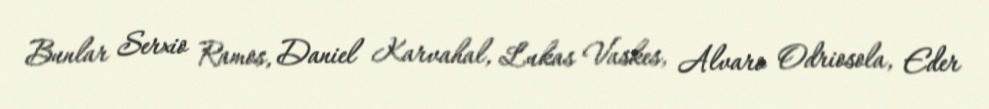
Bunlar Serxio Ramos, Daniel Karvahal, Lukas Vaskes, Alvaro Odriosola, Eder